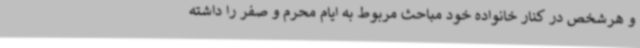
و هرشخص در کنار خانواده خود مباحث مربوط به ایام محرم و صفر را داشته